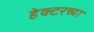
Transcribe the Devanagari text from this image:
हेक्टरच्या